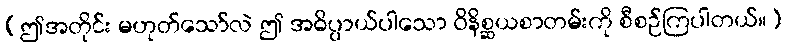
(ဤအတိုင်း မဟုတ်သော်လဲ ဤ အဓိပ္ပာယ်ပါသော ဝိနိစ္ဆယစာတမ်းကို စီစဉ်ကြပါတယ်။)